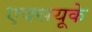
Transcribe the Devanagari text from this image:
एक्सयूके